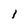
Character: l